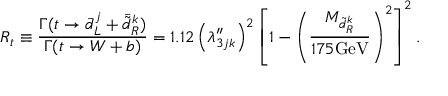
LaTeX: R _ { t } \equiv \frac { \Gamma ( t \rightarrow \bar { d } _ { L } ^ { j } + \bar { \tilde { d } _ { R } ^ { k } } ) } { \Gamma ( t \rightarrow W + b ) } = 1 . 1 2 \left( \lambda _ { 3 j k } ^ { \prime \prime } \right) ^ { 2 } \left[ 1 - \left( \frac { M _ { \tilde { d } _ { R } ^ { k } } } { 1 7 5 \mathrm { G e V } } \right) ^ { 2 } \right] ^ { 2 } .